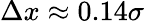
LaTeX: \Delta x\approx 0.14\sigma